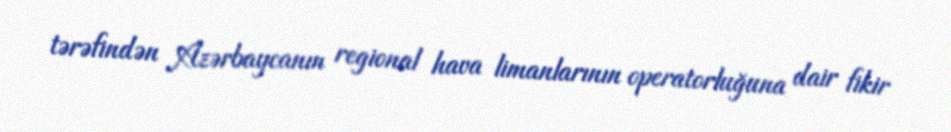
tərəfindən Azərbaycanın regional hava limanlarının operatorluğuna dair fikir